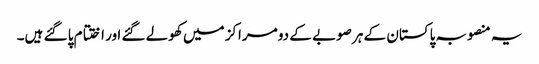
یہ منصوبہ پاکستان کے ہر صوبے کے دو مراکز میں کھولے گئے اور اختتام پا گئے ہیں۔